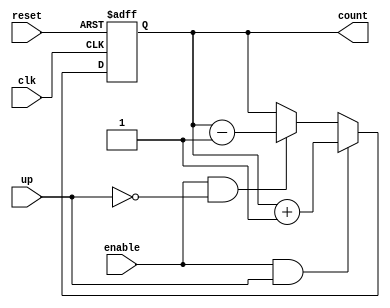
module up_down_counter #(parameter WIDTH = 8 )
(
    input reset, // active low
    input clk,
    input enable,
    input up,
    output [WIDTH-1:0] count

);
reg one = 1;
reg [WIDTH-1:0]register, next_register;


always @(posedge clk or negedge reset)
    if(~reset)
        register <= 0;
    else 
        register <= next_register;    


// next state logic

always@*
    if(enable & up)
        next_register = register + one;
    else if (enable & ~up) 
        next_register = register - one;
    else
        next_register = register;    
//  outpur logic
assign count = register;


endmodule